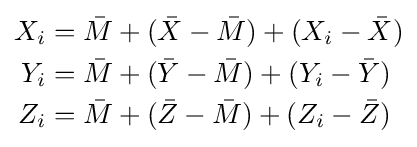
{\begin{aligned}X_{i}&={\bar {M}}+({\bar {X}}-{\bar {M}})+(X_{i}-{\bar {X}})\\Y_{i}&={\bar {M}}+({\bar {Y}}-{\bar {M}})+(Y_{i}-{\bar {Y}})\\Z_{i}&={\bar {M}}+({\bar {Z}}-{\bar {M}})+(Z_{i}-{\bar {Z}})\end{aligned}}